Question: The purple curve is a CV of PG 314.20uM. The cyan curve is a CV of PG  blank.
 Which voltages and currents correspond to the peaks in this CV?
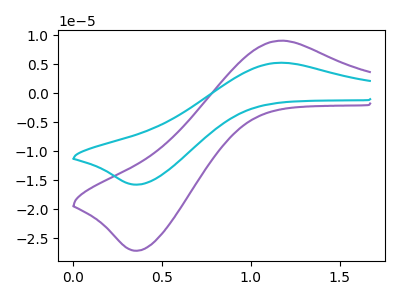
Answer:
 <answer>The purple curve "PG 314.20uM" has an anodic peak at (1.20V, 9.05uA) and a cathodic peak at (0.35V, -27.20uA). The cyan curve "PG  blank" has an anodic peak at (1.20V, 5.25uA) and a cathodic peak at (0.35V, -15.80uA).</answer>
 <eval></eval>